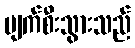
ပျက်စီးသွားသည်